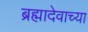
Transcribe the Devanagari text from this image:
ब्रह्मादेवाच्या